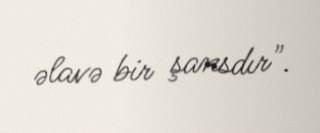
əlavə bir şansdır".